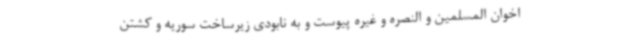
اخوان المسلمین و النصره و غیره پیوست و به نابودی زیرساخت سوریه و کشتن